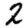
Digit: 2